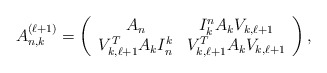
\begin{align*}A_{n,k}^{(\ell+1)} = \left( \begin{array}{cc}A_n & I_k^nA_kV_{k,\ell+1} \\V_{k,\ell+1}^TA_kI_n^k & V_{k,\ell+1}^TA_kV_{k,\ell+1}\end{array} \right),\end{align*}